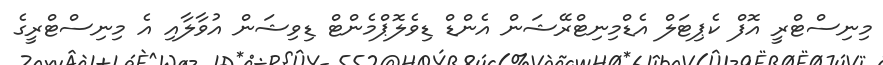
މިނިސްޓްރީ އޮފް ކެޕިޓަލް އެޑްމިނިޓްރޭޝަން އެންޑް ޑިވެލޮޕްމެންޓް ޑިވިޝަން އުވާލާއި އެ މިނިސްޓްރީގެ